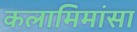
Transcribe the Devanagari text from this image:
कलामिमांसा